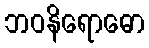
ဘဝနိရောဓော